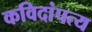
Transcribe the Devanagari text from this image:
कविदांपत्य